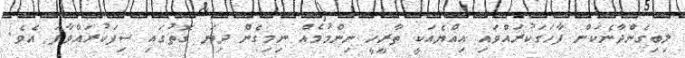
ލިބިގެންދާނެކަން ފާހަގަކުރައްވައި އިއްޔެއަކީ ތާރީހީ ނިންމުމެއް ނިމިގެން ދިޔަ ގޮތުގައި ސިފަކުރައްވާފަ އެވެ.